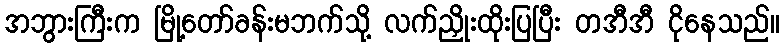
အဘွားကြီးက မြို့တော်ခန်းမဘက်သို့ လက်ညှိုးထိုးပြပြီး တအီအီ ငိုနေသည်။